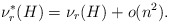
\begin{align*} \nu_r^*(H)=\nu_r(H)+o(n^2). \end{align*}